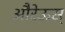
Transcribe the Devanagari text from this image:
औरेऊस्